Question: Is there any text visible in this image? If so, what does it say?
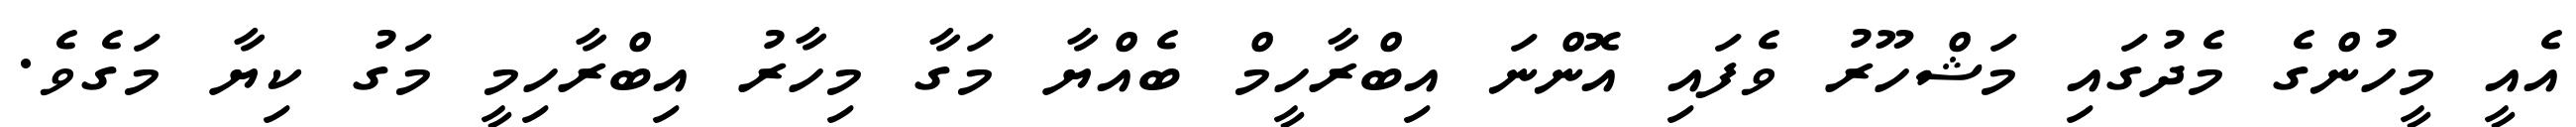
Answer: އެއީ މީހުންގެ މެދުގައި މަޝްހޫރު ވެފައި އޮންނަ އިބްރާހީމް ބެއްޔާ މަގާ މިހާރު އިބްރާހިމީ މަގު ކިޔާ މަގެވެ.